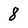
Character: 8